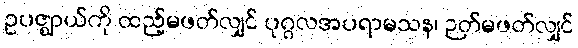
ဥပဇ္ဈာယ်ကို ထည့်မဖတ်လျှင် ပုဂ္ဂလအပရာမသန၊ ဉတ်မဖတ်လျှင်